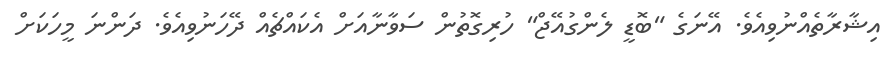
އިޝާރާތެއްނުވިއެވެ. އޭނަގެ "ބޮޑީ ލެންގުއޭޖް" ހުރިގޮތުން ސަވާނާއަށް އެކައްޗެއް ދޭހަނުވިއެވެ. ދަންނަ މީހަކަށް